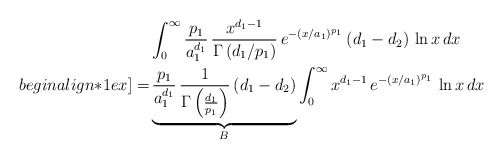
\begin{align*}& \int_{0}^{\infty} \frac{p_1}{a_1^{d_1}} \, \frac{x^{d_1-1}}{\Gamma \left(d_1/p_1\right)} \, e^{- \left( x / a_1 \right)^{p_1}} \, (d_1 - d_2) \, \ln x \, dx \\begin{align*}1ex]= & \underbrace{\frac{p_1}{a_1^{d_1}} \, \frac{1}{\Gamma \left(\frac{d_1}{p_1}\right)} \, (d_1 - d_2)}_{B} \int_{0}^{\infty} x^{d_1-1} \, e^{- \left( x / a_1 \right)^{p_1}} \, \ln x \, dx\end{align*}